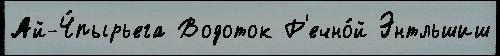
Ай-Ч́пырьега Водоток Р'ечно́й Энтльшиш